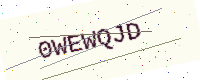
Text: 0WEWQJD